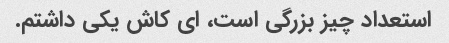
استعداد چیز بزرگی است، ای کاش یکی داشتم.